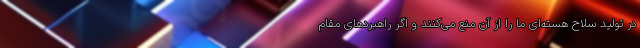
در تولید سلاح هسته‌ای ما را از آن منع می‌کنند و اگر راهبردهای مقام